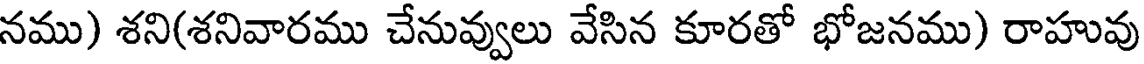
నము) శని(శనివారము చేనువ్వులు వేసిన కూరతో భోజనము) రాహువు